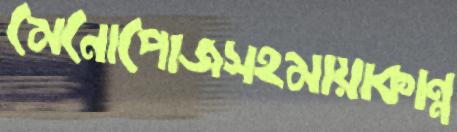
মেনোপোজসহমায়াকান্ন